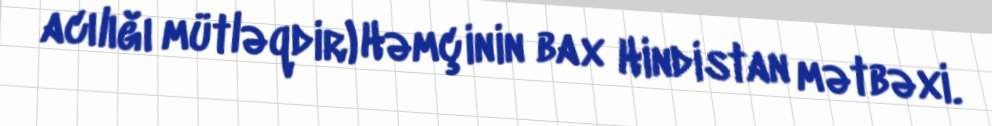
acılığı mütləqdir) Həmçinin bax Hindistan mətbəxi.